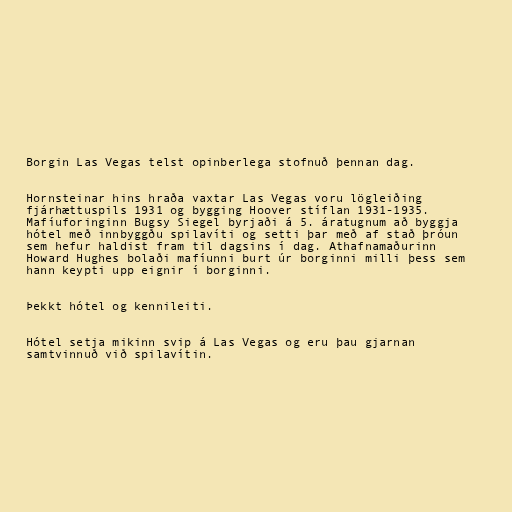
Borgin Las Vegas telst opinberlega stofnuð þennan dag.

Hornsteinar hins hraða vaxtar Las Vegas voru lögleiðing
fjárhættuspils 1931 og bygging Hoover stíflan 1931-1935.
Mafíuforinginn Bugsy Siegel byrjaði á 5. áratugnum að byggja
hótel með innbyggðu spilavíti og setti þar með af stað þróun
sem hefur haldist fram til dagsins í dag. Athafnamaðurinn
Howard Hughes bolaði mafíunni burt úr borginni milli þess sem
hann keypti upp eignir í borginni.

Þekkt hótel og kennileiti.

Hótel setja mikinn svip á Las Vegas og eru þau gjarnan
samtvinnuð við spilavítin.